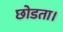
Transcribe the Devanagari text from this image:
छोडता।